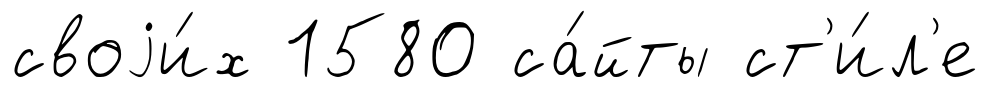
своjи́х 1580 са́йты ст'и́л'е